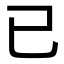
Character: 已